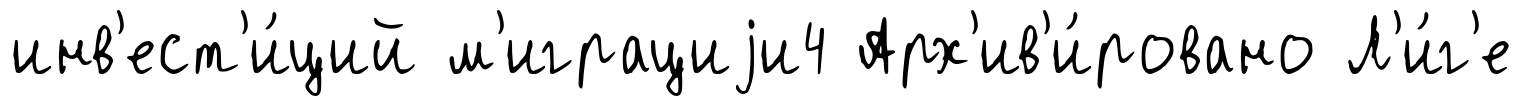
инв'ест'и́ций м'играциjи4 Арх'ив'и́ровано Л'и́г'е